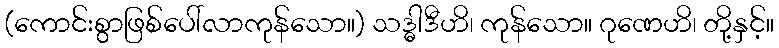
(ကောင်းစွာဖြစ်ပေါ်လာကုန်သော။) သဒ္ဓါဒီဟိ၊ ကုန်သော။ ဂုဏေဟိ၊ တို့နှင့်။